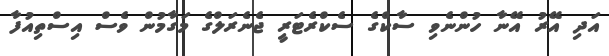
އަދި އޭރު އޭނާ ހުންނެވި ސާކްގެ ސެކްރެޓަރީ ޖެނެރަލްގެ މަގާމުން ވެސް އިސްތިއުފާ